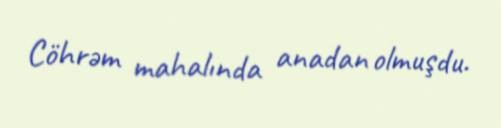
Cöhrəm mahalında anadan olmuşdu.